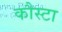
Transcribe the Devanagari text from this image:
कौस्टा